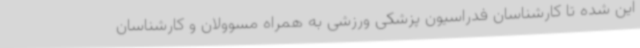
این شده تا کارشناسان فدراسیون پزشکی ورزشی به همراه مسوولان و کارشناسان